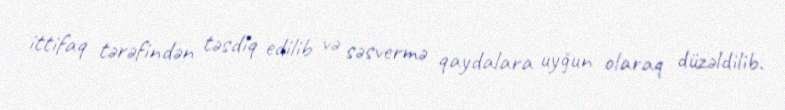
ittifaq tərəfindən təsdiq edilib və səsvermə qaydalara uyğun olaraq düzəldilib.